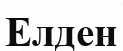
Елден